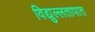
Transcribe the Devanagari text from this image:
विद्युल्लतापात